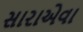
સારાએવા